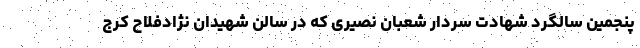
پنجمین سالگرد شهادت سردار شعبان نصیری که در سالن شهیدان نژادفلاح کرج